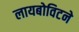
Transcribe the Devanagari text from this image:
लायबोविटने